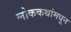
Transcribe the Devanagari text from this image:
लोककथांमधून